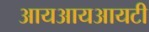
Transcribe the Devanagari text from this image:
आयआयआयटी